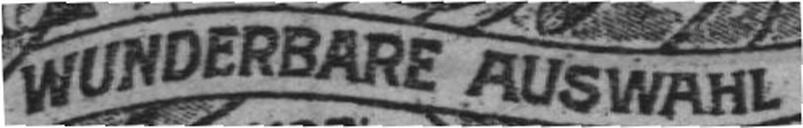
WUNDERBARE AUSWAHL